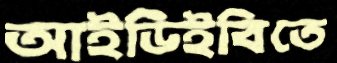
আইডিইবিতে